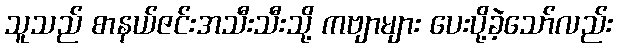
သူသည် စာနယ်ဇင်းအသီးသီးသို့ ကဗျာများ ပေးပို့ခဲ့သော်လည်း